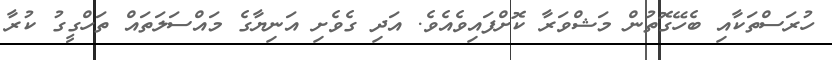
ހުރަސްތަކާއި ބެހޭގޮތުން މަޝްވަރާ ކޮށްފައިވެއެވެ. އަދި ގެވެށި އަނިޔާގެ މައްސަލަތައް ތަހްގީގު ކުރާ